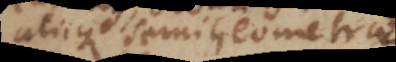
aliique Semigeometrae